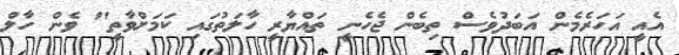
އެއީ އަހަރެމެން އަބަދުވެސް ތިބެން ޖެހެނީ ތައްޔާރީ ހާލަތުގައި ކަމަށްވާތީ" ވެން ހާލް